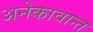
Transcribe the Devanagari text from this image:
अनेकावान्त